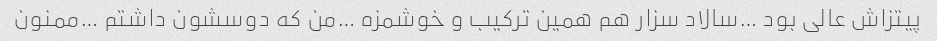
پیتزاش عالی بود …سالاد سزار هم همین ترکیب و خوشمزه …من که دوسشون داشتم …ممنون